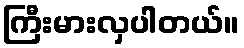
ကြီးမားလှပါတယ်။